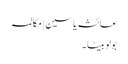
عائشہ یاسین | مکالمہ
بولو بیٹا ۔